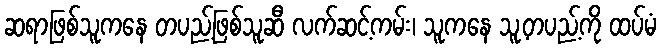
ဆရာဖြစ်သူကနေ တပည့်ဖြစ်သူဆီ လက်ဆင့်ကမ်း၊ သူကနေ သူ့တပည့်ကို ထပ်မံ